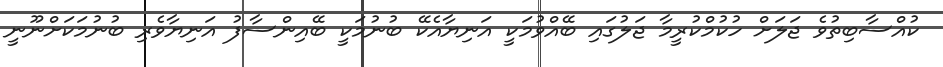
ކުއްސާބިތުވެ ޖަލަށް ހުކުމްކުރީމާ ޖަލުގައި ބޭއްވުމަކީ އަނިޔާއެކޭ ބުނުމަކީ ބޭއިންސާފު އަނިޔާވެރި ބުނުމަކަށްނޫނީ